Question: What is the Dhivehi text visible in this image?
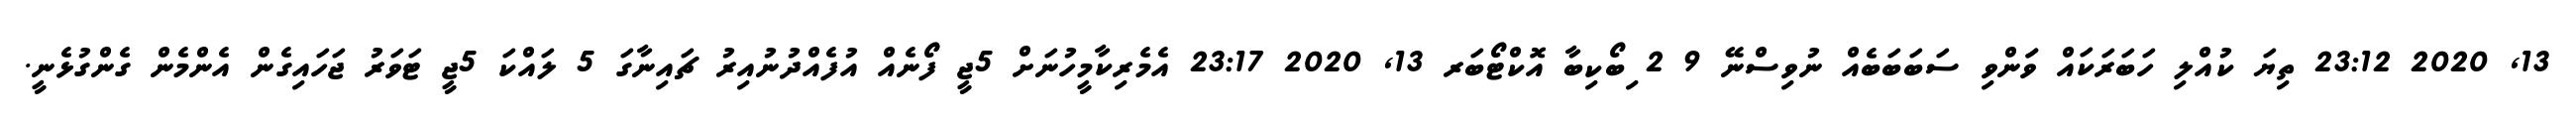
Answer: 13, 2020 23:12 ތިޔަ ކުއްލި ހަބަރަކައް ވަަންވި ސަބަބަބެއް ނުވިސްނޭ 9 2 ިބޯކިބާ އޮކްޓޯބަރ 13, 2020 23:17 އެމެރިކާމީހުނަށް 5ޖީ ފޯނެއް އުފެއްދުނުއިރު ޗައިނާގަ 5 ލައްކަ 5ޖީ ޓަވަރު ޖަހައިގެން އެންމެން ގެންގުޅެނީ.